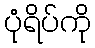
ပုံရိပ်ကို